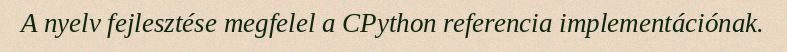
A nyelv fejlesztése megfelel a CPython referencia implementációnak.